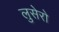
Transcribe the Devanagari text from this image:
लुसेरो